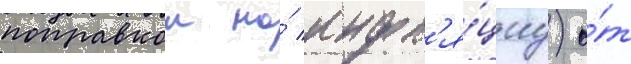
поправкои на́ инфл'я́циу) о́т